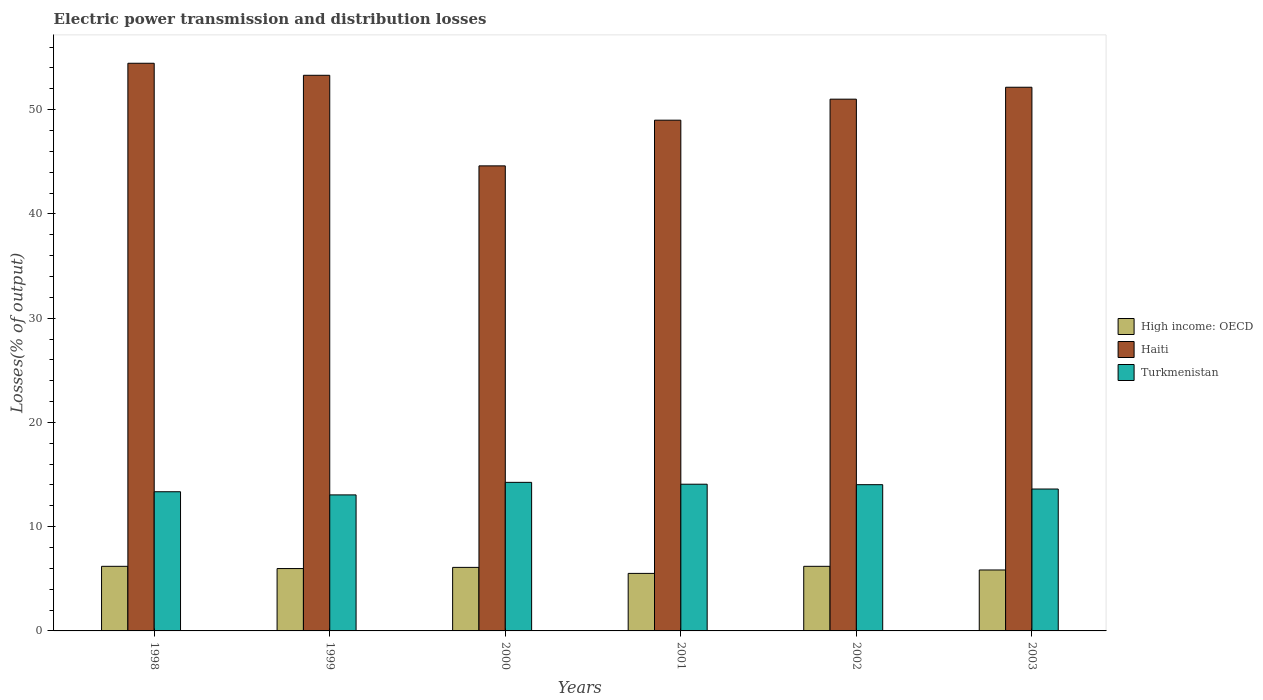
| Years | High income: OECD | Haiti | Turkmenistan |
 | --- | --- | --- | --- |
 | 1998 | 6.2 | 54.4 | 13.3 |
 | 1999 | 5.98 | 53.3 | 13 |
 | 2000 | 6.09 | 44.6 | 14.3 |
 | 2001 | 5.52 | 49 | 14.1 |
 | 2002 | 6.2 | 51 | 14 |
 | 2003 | 5.85 | 52.1 | 13.6 |